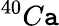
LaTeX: ^{40}C\mathtt{a}